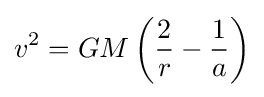
v^{2}=GM\left({2 \over r}-{1 \over a}\right)